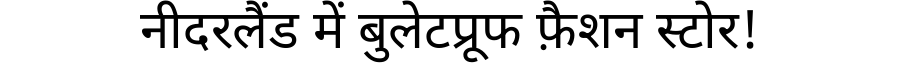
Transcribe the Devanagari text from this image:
नीदरलैंड में बुलेटप्रूफ फ़ैशन स्टोर!